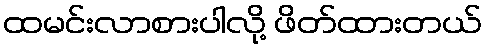
ထမင်းလာစားပါလို့ ဖိတ်ထားတယ်